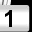
Digit: 1